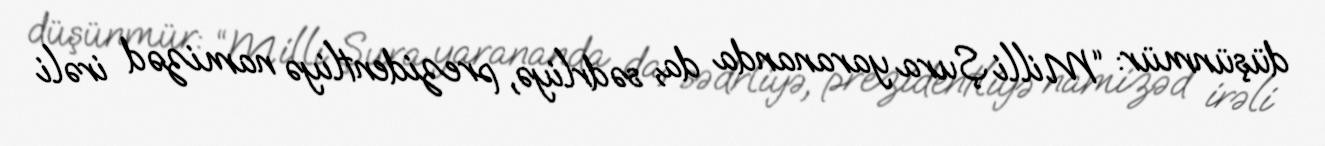
düşünmür: “Milli Şura yarananda da, sədrliyə, prezidentliyə namizəd irəli